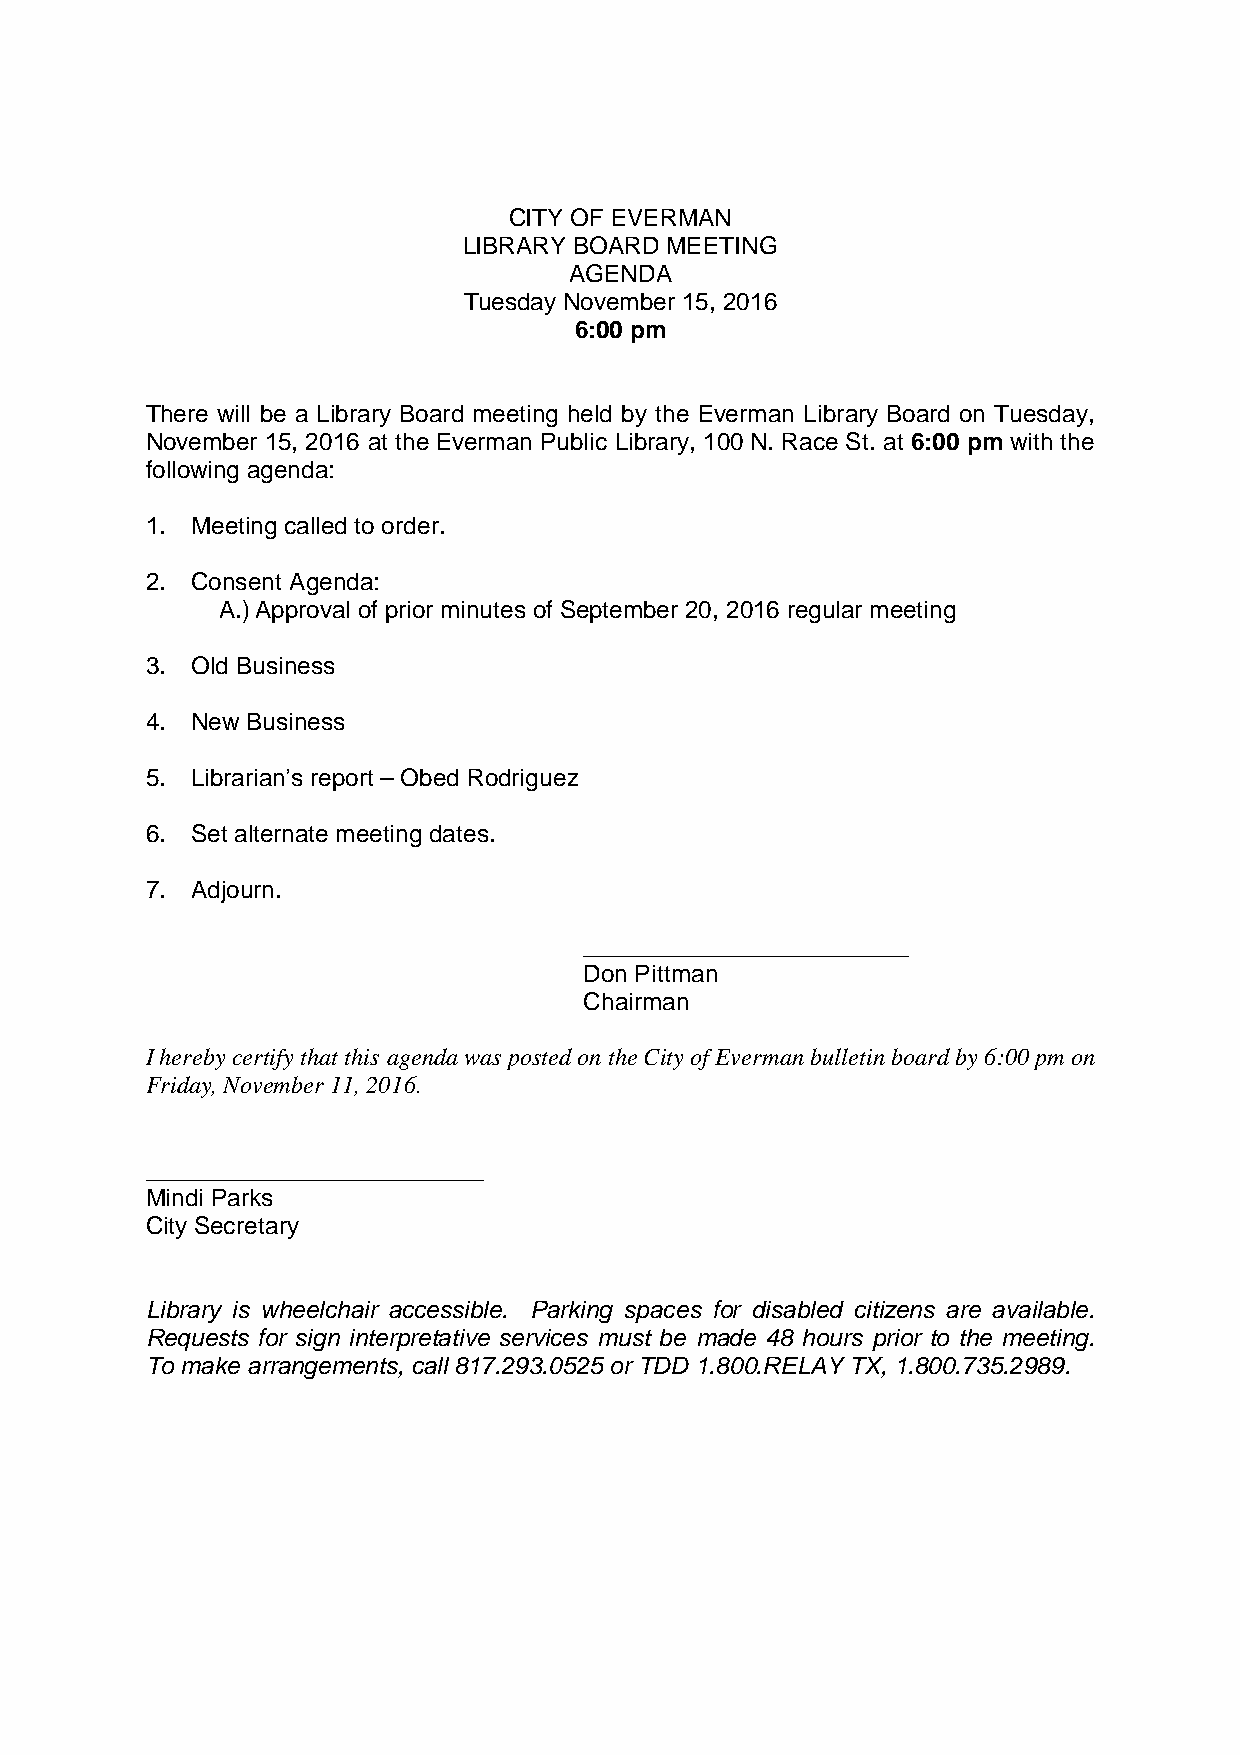
CITY OF EVERMAN
 LIBRARY BOARD MEETING
 AGENDA
 Tuesday November 15, 2016
 6:00 pm
 There will be a Library Board meeting held by the Everman Library Board on Tuesday,
 November 15, 2016 at the Everman Public Library, 100 N. Race St. at 6:00 pm with the
 following agenda:
 1. Meeting called to order.
 2. Consent Agenda:
 A.) Approval of prior minutes of September 20, 2016 regular meeting
 3. Old Business
 4. New Business
 5. Librarian’s report – Obed Rodriguez
 6. Set alternate meeting dates.
 7. Adjourn.
 ________________________
 Don Pittman
 Chairman
 I hereby certify that this agenda was posted on the City of Everman bulletin board by 6:00 pm on
 Friday, November 11, 2016.
 _________________________
 Mindi Parks
 City Secretary
 Library is wheelchair accessible. Parking spaces for disabled citizens are available.
 Requests for sign interpretative services must be made 48 hours prior to the meeting.
 To make arrangements, call 817.293.0525 or TDD 1.800.RELAY TX, 1.800.735.2989.